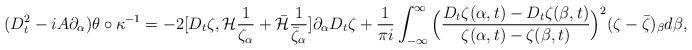
LaTeX: \begin{align*}(D_t^2-iA\partial_{\alpha})\theta\circ\kappa^{-1}=-2[D_t\zeta,\mathcal{H}\frac{1}{\zeta_{\alpha}}+\bar{\mathcal{H}}\frac{1}{\bar{\zeta}_{\alpha}}]\partial_{\alpha}D_t\zeta+\frac{1}{\pi i}\int_{-\infty}^{\infty}\Big(\frac{D_t\zeta(\alpha,t)-D_t\zeta(\beta,t)}{\zeta(\alpha,t)-\zeta(\beta,t)}\Big)^2(\zeta-\bar{\zeta})_{\beta}d\beta,\end{align*}